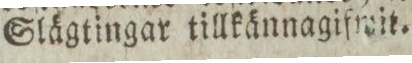
Slägtingar tillkännagifwit.